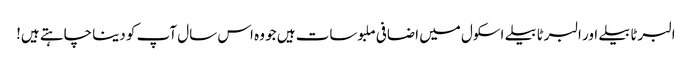
البرٹا بیلے اور البرٹا بیلے اسکول میں اضافی ملبوسات ہیں جو وہ اس سال آپ کو دینا چاہتے ہیں!